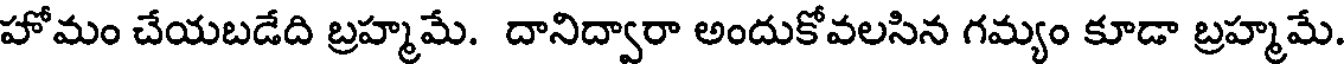
హోమం చేయబడేది బ్రహ్మమే. దానిద్వారా అందుకోవలసిన గమ్యం కూడా బ్రహ్మమే.